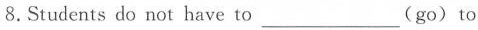
8.Students do not have to___(go)to